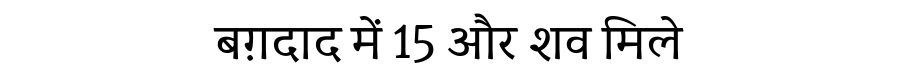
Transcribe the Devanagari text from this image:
बग़दाद में 15 और शव मिले